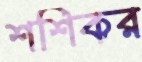
শশিকর